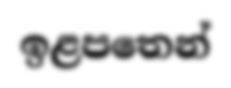
ඉළපතෙන්